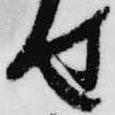
せ